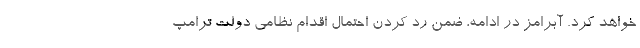
خواهد کرد. آبرامز در ادامه، ضمن رد کردن احتمال اقدام نظامی دولت ترامپ